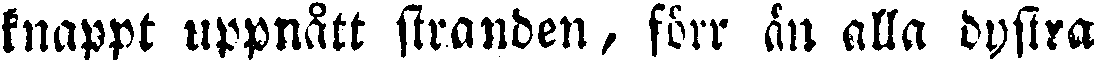
knappt uppnått stranden, förr än alla dystra